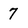
Character: 7